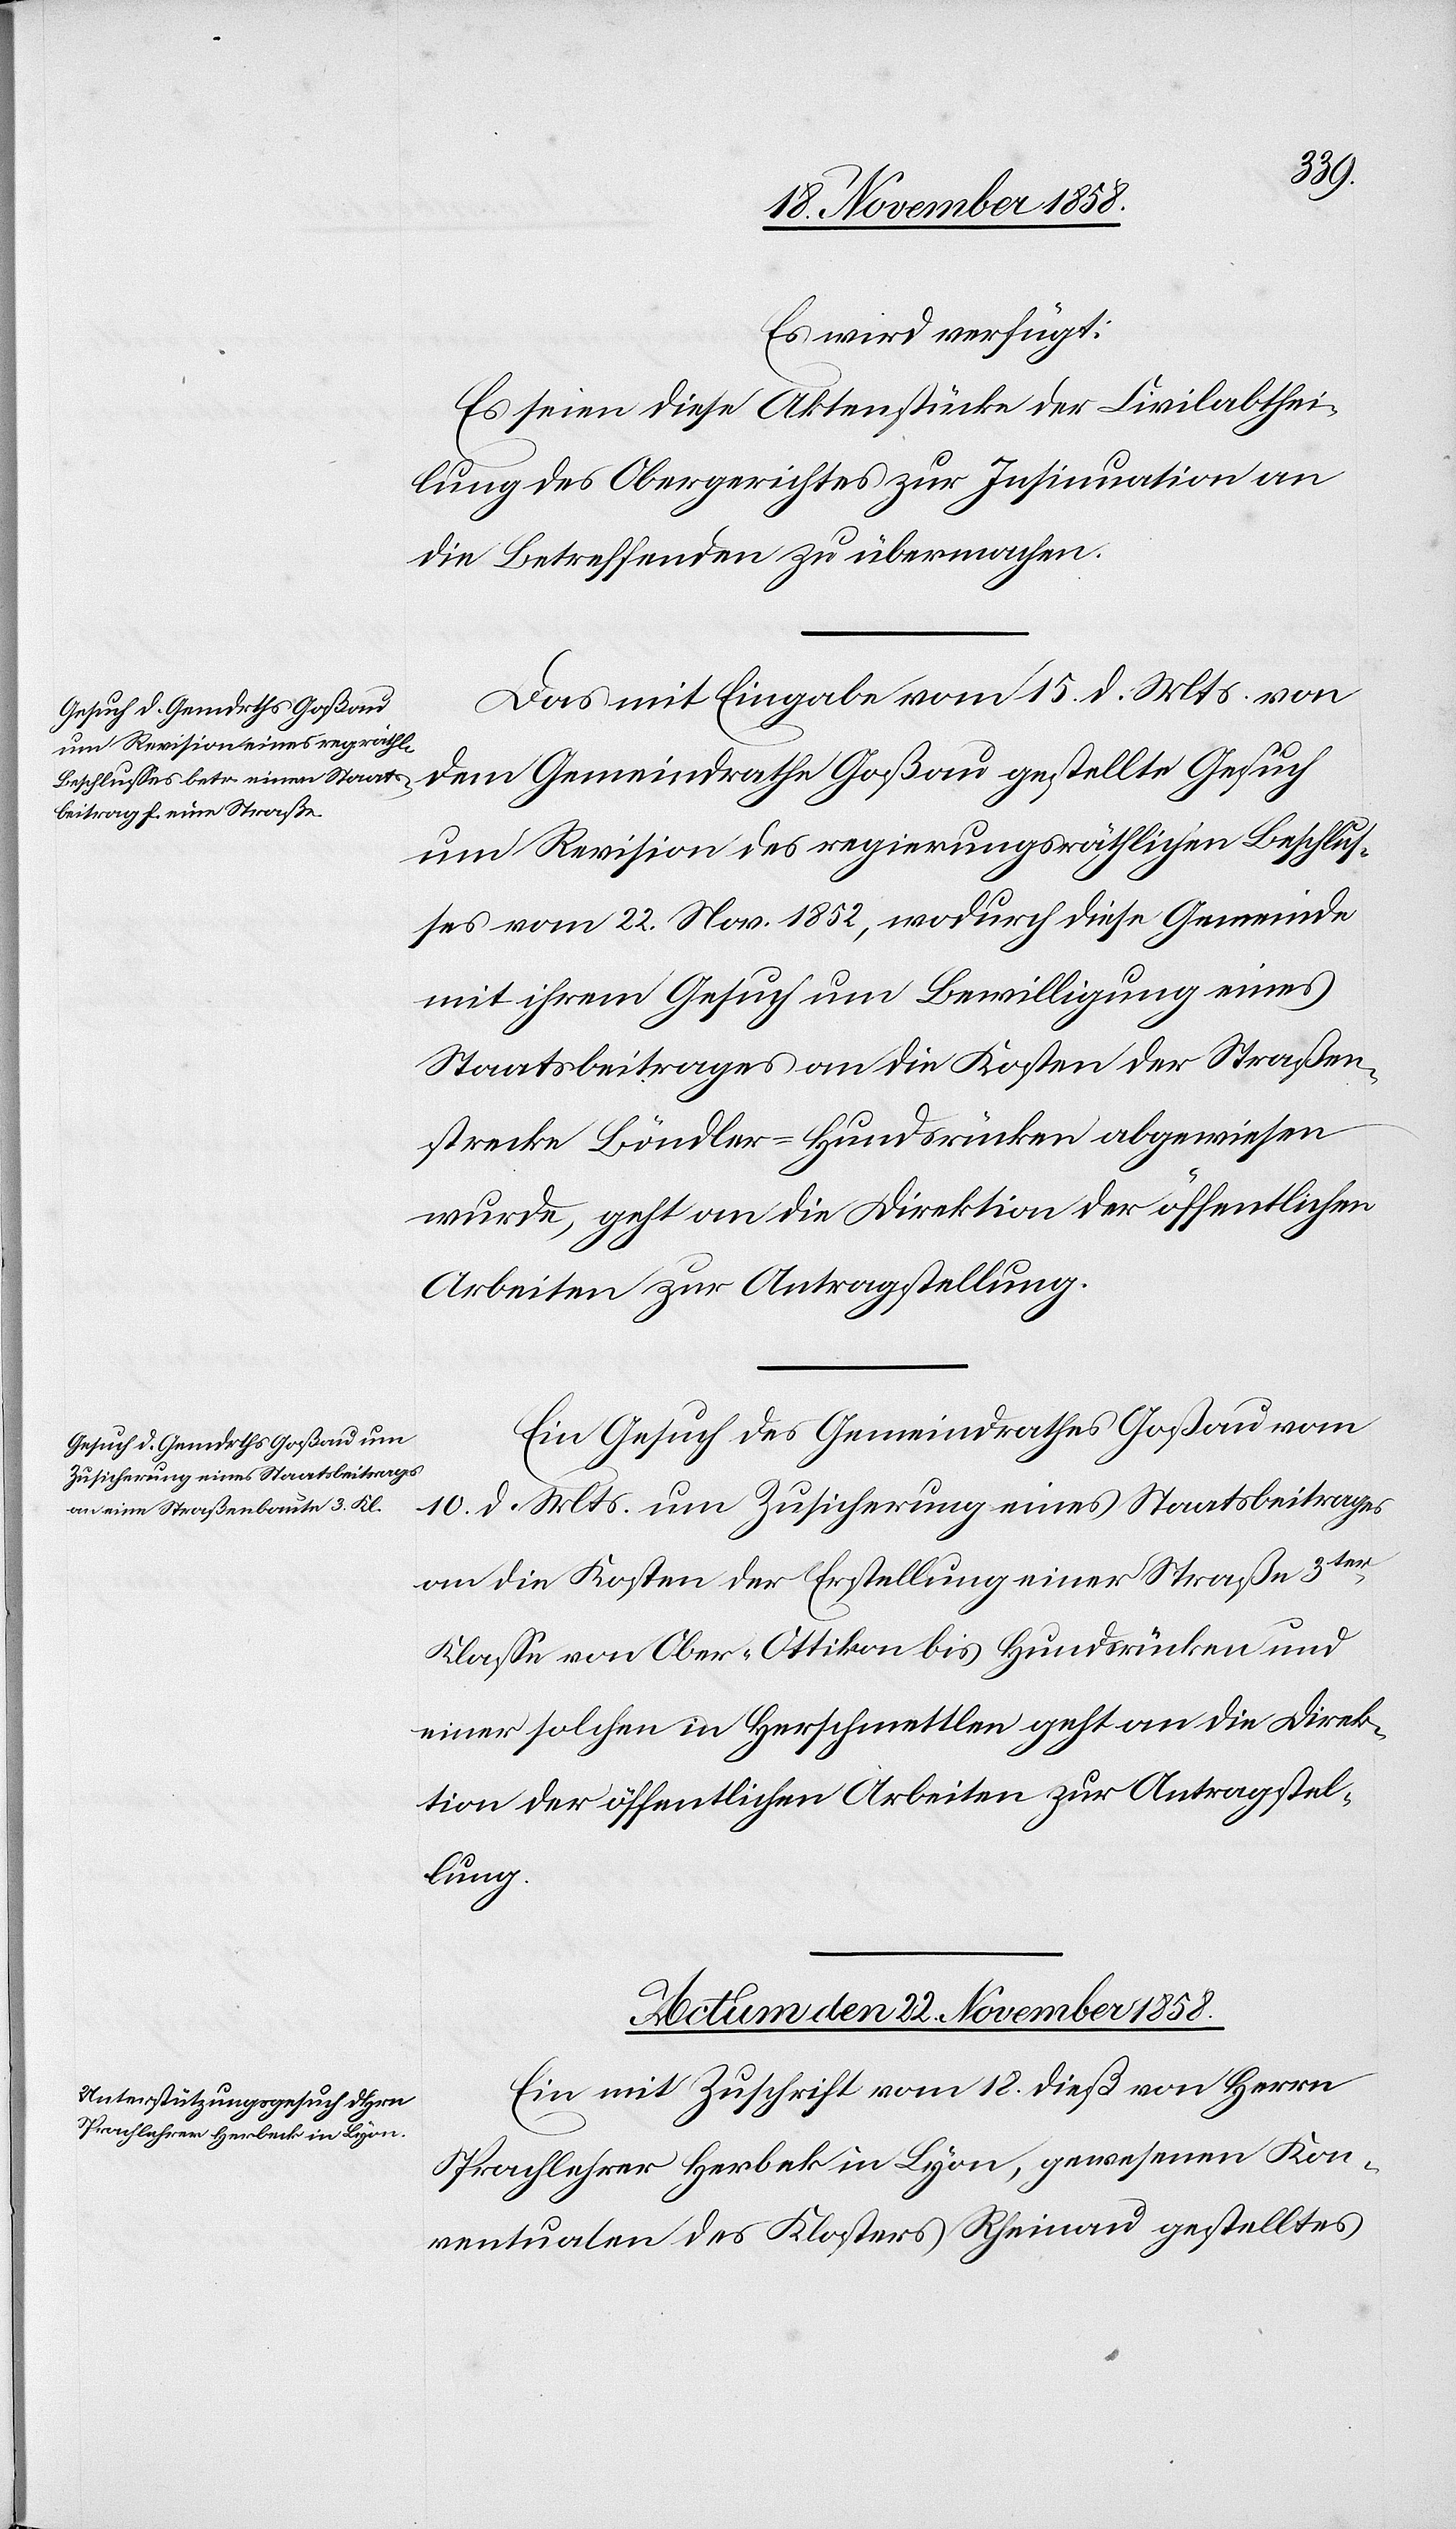
Es wird verfügt:
Es seien diese Aktenstücke der Civilabthei¬
lung des Obergerichtes zur Insinuation an
die Betreffenden zu übermachen.
Das mit Eingabe vom 15. d. Mts. von
um Revision des regierungsräthlichen Beschlus¬
ses vom 22. Nov. 1852, wodurch diese Gemeinde
mit ihrem Gesuch um Bewilligung eines
Staatsbeitrages an die Kosten der Straßen¬
strecke Böndler–Hundsrücken abgewiesen
wurde, geht an die Direktion der öffentlichen
Arbeiten zur Antragstellung.
Ein Gesuch des Gemeindrathes Goßau vom
[Präsidial-Verfügungen.]
10. d. Mts. um Zusicherung eines Staatsbeitrages
an die Kosten der Erstellung einer Straße 3ter
Klasse von Ober-Ottikon bis Hundsrücken und
einer solchen in Herschmettlen geht an die Direk¬
tion der öffentlichen Arbeiten zur Antragstel¬
lung.
Actum den 22. November 1858.
Ein mit Zuschrift vom 18. dieß von Herrn
Sprachlehrer Herbek [sic!] in Lyon, gewesenen Kon¬
ventualen des Klosters Rheinau gestelltes